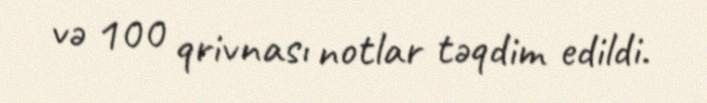
və 100 qrivnası notlar təqdim edildi.